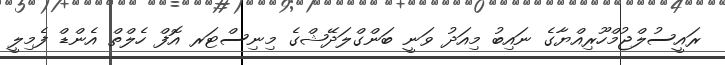
ރައީސުލްޖުމްހޫރިއްޔާގެ ނައިބު މިއަދު ވަނީ ބަންގްލަދޭޝްގެ މިނިސްޓަރ އޮފް ހެލްތް އެންޑް ފެމިލީ